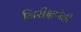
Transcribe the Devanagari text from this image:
निरीक्षणेही